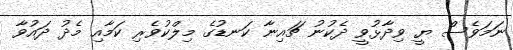
ނަމަވެސް ޔީ ވިދާޅުވީ ދެކުނު ޗައިނާ ކަނޑުގެ މިލްކުވެރި ކަމާއި މެދު ދައުވާ